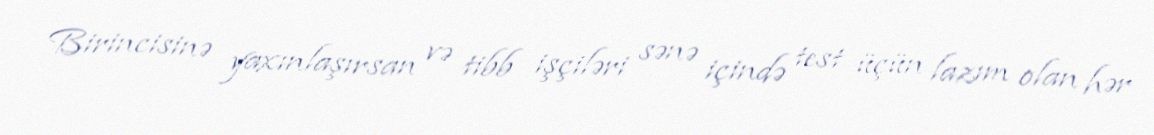
Birincisinə yaxınlaşırsan və tibb işçiləri sənə içində test üçün lazım olan hər